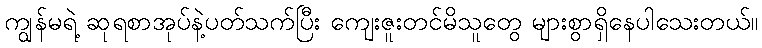
ကျွန်မရဲ့ ဆုရစာအုပ်နဲ့ပတ်သက်ပြီး ကျေးဇူးတင်မိသူတွေ များစွာရှိနေပါသေးတယ်။